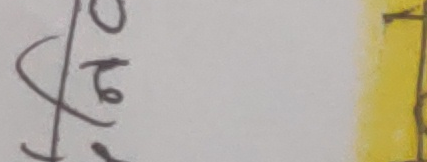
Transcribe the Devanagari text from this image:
५०